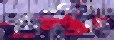
যারাম